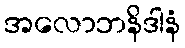
အလောဘနိဒါနံ